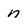
Character: n